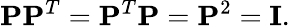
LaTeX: \mathbf{P}\mathbf{P}^{T}=\mathbf{P}^{T}\mathbf{P}=\mathbf{P}^{2}=\mathbf{I}.